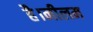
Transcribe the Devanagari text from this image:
है।नीलम